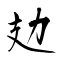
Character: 攰